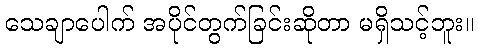
သေချာပေါက် အပိုင်တွက်ခြင်းဆိုတာ မရှိသင့်ဘူး။